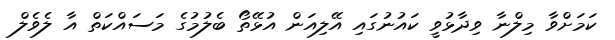
ކަމަށްވާ މިލްނާ ވިދާޅުވީ ކައުނުގައި އޭލިއަން އުޅޭތޯ ބެލުމުގެ މަސައްކަތް އާ ލެވެލް